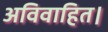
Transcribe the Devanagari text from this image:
अविवाहित।